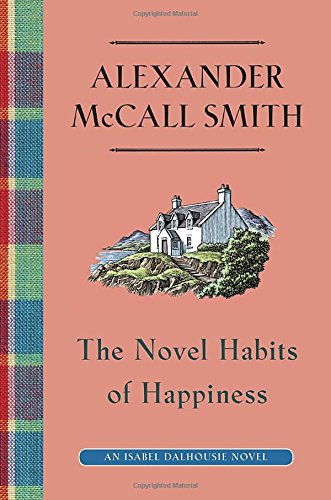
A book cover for The Novel Habits of Happiness (Isabel Dalhousie); Alexander McCall Smith; Mystery, Thriller & Suspense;